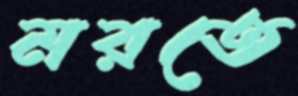
মরতে